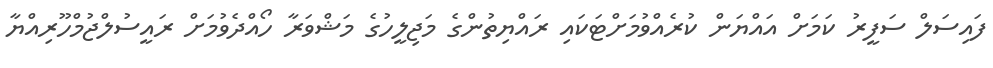
ފައިސަލް ސަފީރު ކަމަށް އައްޔަން ކުރެއްވުމަށްޓަކައި ރައްޔިތުންގެ މަޖިލީހުގެ މަޝްވަރާ ހޯއްދެވުމަށް ރައީސުލްޖުމްހޫރިއްޔާ